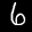
Label: 6